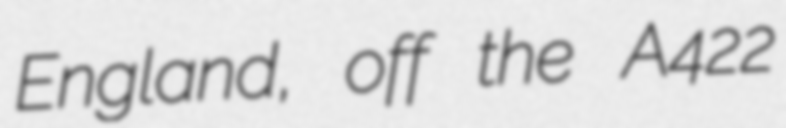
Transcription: England, off the A422